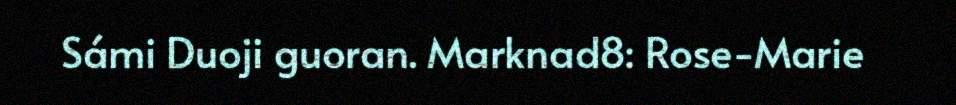
Sámi Duoji guoran. Marknad8: Rose-Marie